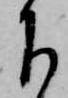
下